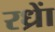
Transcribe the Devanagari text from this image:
रध्राें